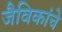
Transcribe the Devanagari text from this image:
जैविकांचे